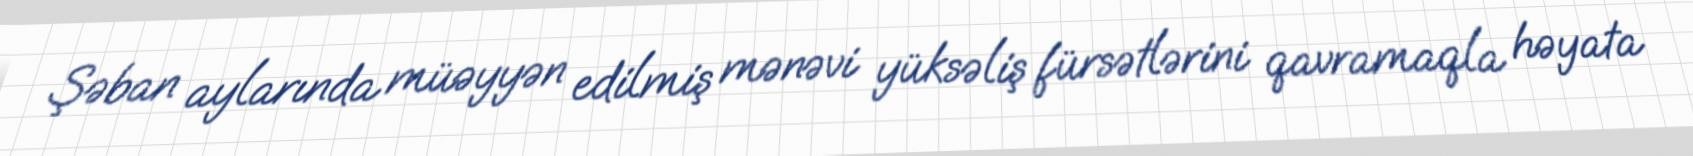
Şəban aylarında müəyyən edilmiş mənəvi yüksəliş fürsətlərini qavramaqla həyata